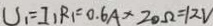
U _ { 1 } = I _ { 1 } R _ { 1 } = 0 . 6 A \times 2 0 \Omega = 1 2 V